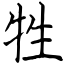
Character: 牲